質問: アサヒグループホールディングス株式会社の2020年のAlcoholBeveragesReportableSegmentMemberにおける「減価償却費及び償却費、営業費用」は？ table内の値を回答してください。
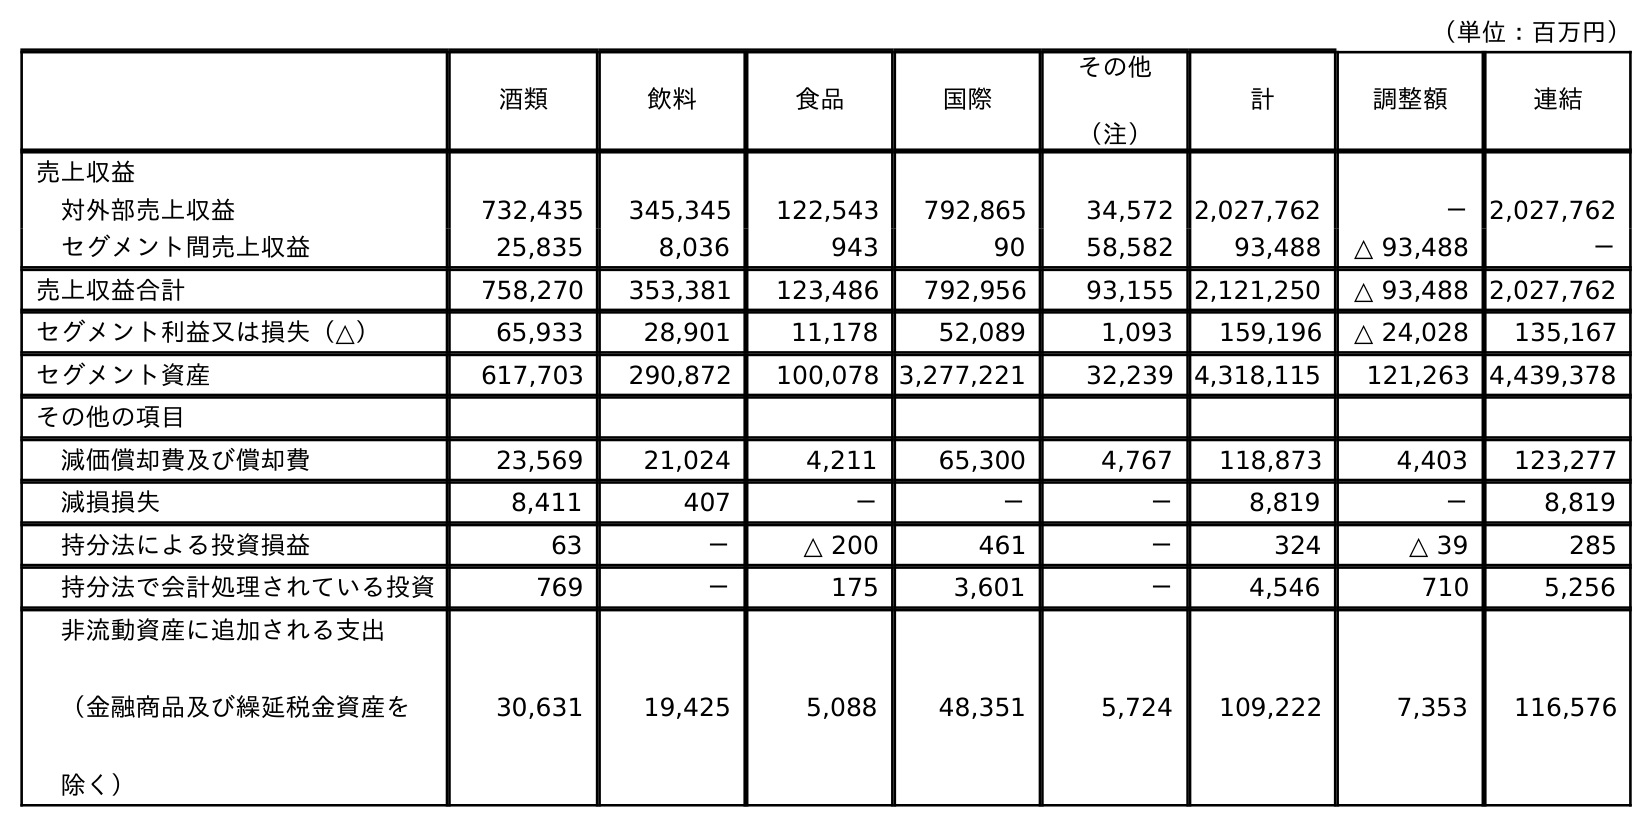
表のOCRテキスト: （単位：百万円） 酒類 飲料 食品 国際 その他 （注） 計 調整額 連結 売上収益 対外部売上収益 732,435 345,345 122,543 792,865 34,572 2,027,762 － 2,027,762 セグメント間売上収益 25,835 8,036 943 90 58,582 93,488 △ 93,488 － 売上収益合計 758,270 353,381 123,486 792,956 93,155 2,121,250 △ 93,488 2,027,762 セグメント利益又は損失（△） 65,933 28,901 11,178 52,089 1,093 159,196 △ 24,028 135,167 セグメント資産 617,703 290,872 100,078 3,277,221 32,239 4,318,115 121,263 4,439,378 その他の項目 減価償却費及び償却費 23,569 21,024 4,211 65,300 4,767 118,873 4,403 123,277 減損損失 8,411 407 － － － 8,819 － 8,819 持分法による投資損益 63 － △ 200 461 － 324 △ 39 285 持分法で会計処理されている投資 769 － 175 3,601 － 4,546 710 5,256 非流動資産に追加される支出 （金融商品及び繰延税金資産を 除く） 30,631 19,425 5,088 48,351 5,724 109,222 7,353 116,576
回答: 23,569